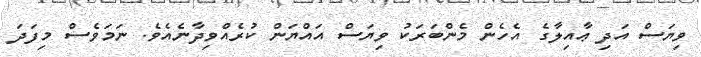
ވިޔަސް އަދި ޢާއިލާގެ އެހެން މެންބަރަކު ވިޔަސް އައްޔަން ކުރެއްވިދާނެއެވެ. ނަމަވެސް މިފަދަ